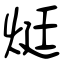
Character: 烶